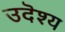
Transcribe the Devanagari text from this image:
उदॆश्य